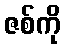
ဇစ်ကို